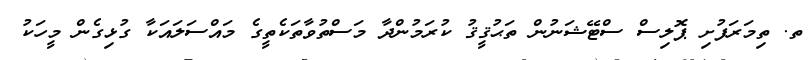
ތ. ތިމަރަފުށި ޕޮލިސް ސްޓޭޝަނުން ތަޙުޤީޤު ކުރަމުންދާ މަސްތުވާތަކެތީގެ މައްސަލައަކާ ގުޅިގެން މީހަކު